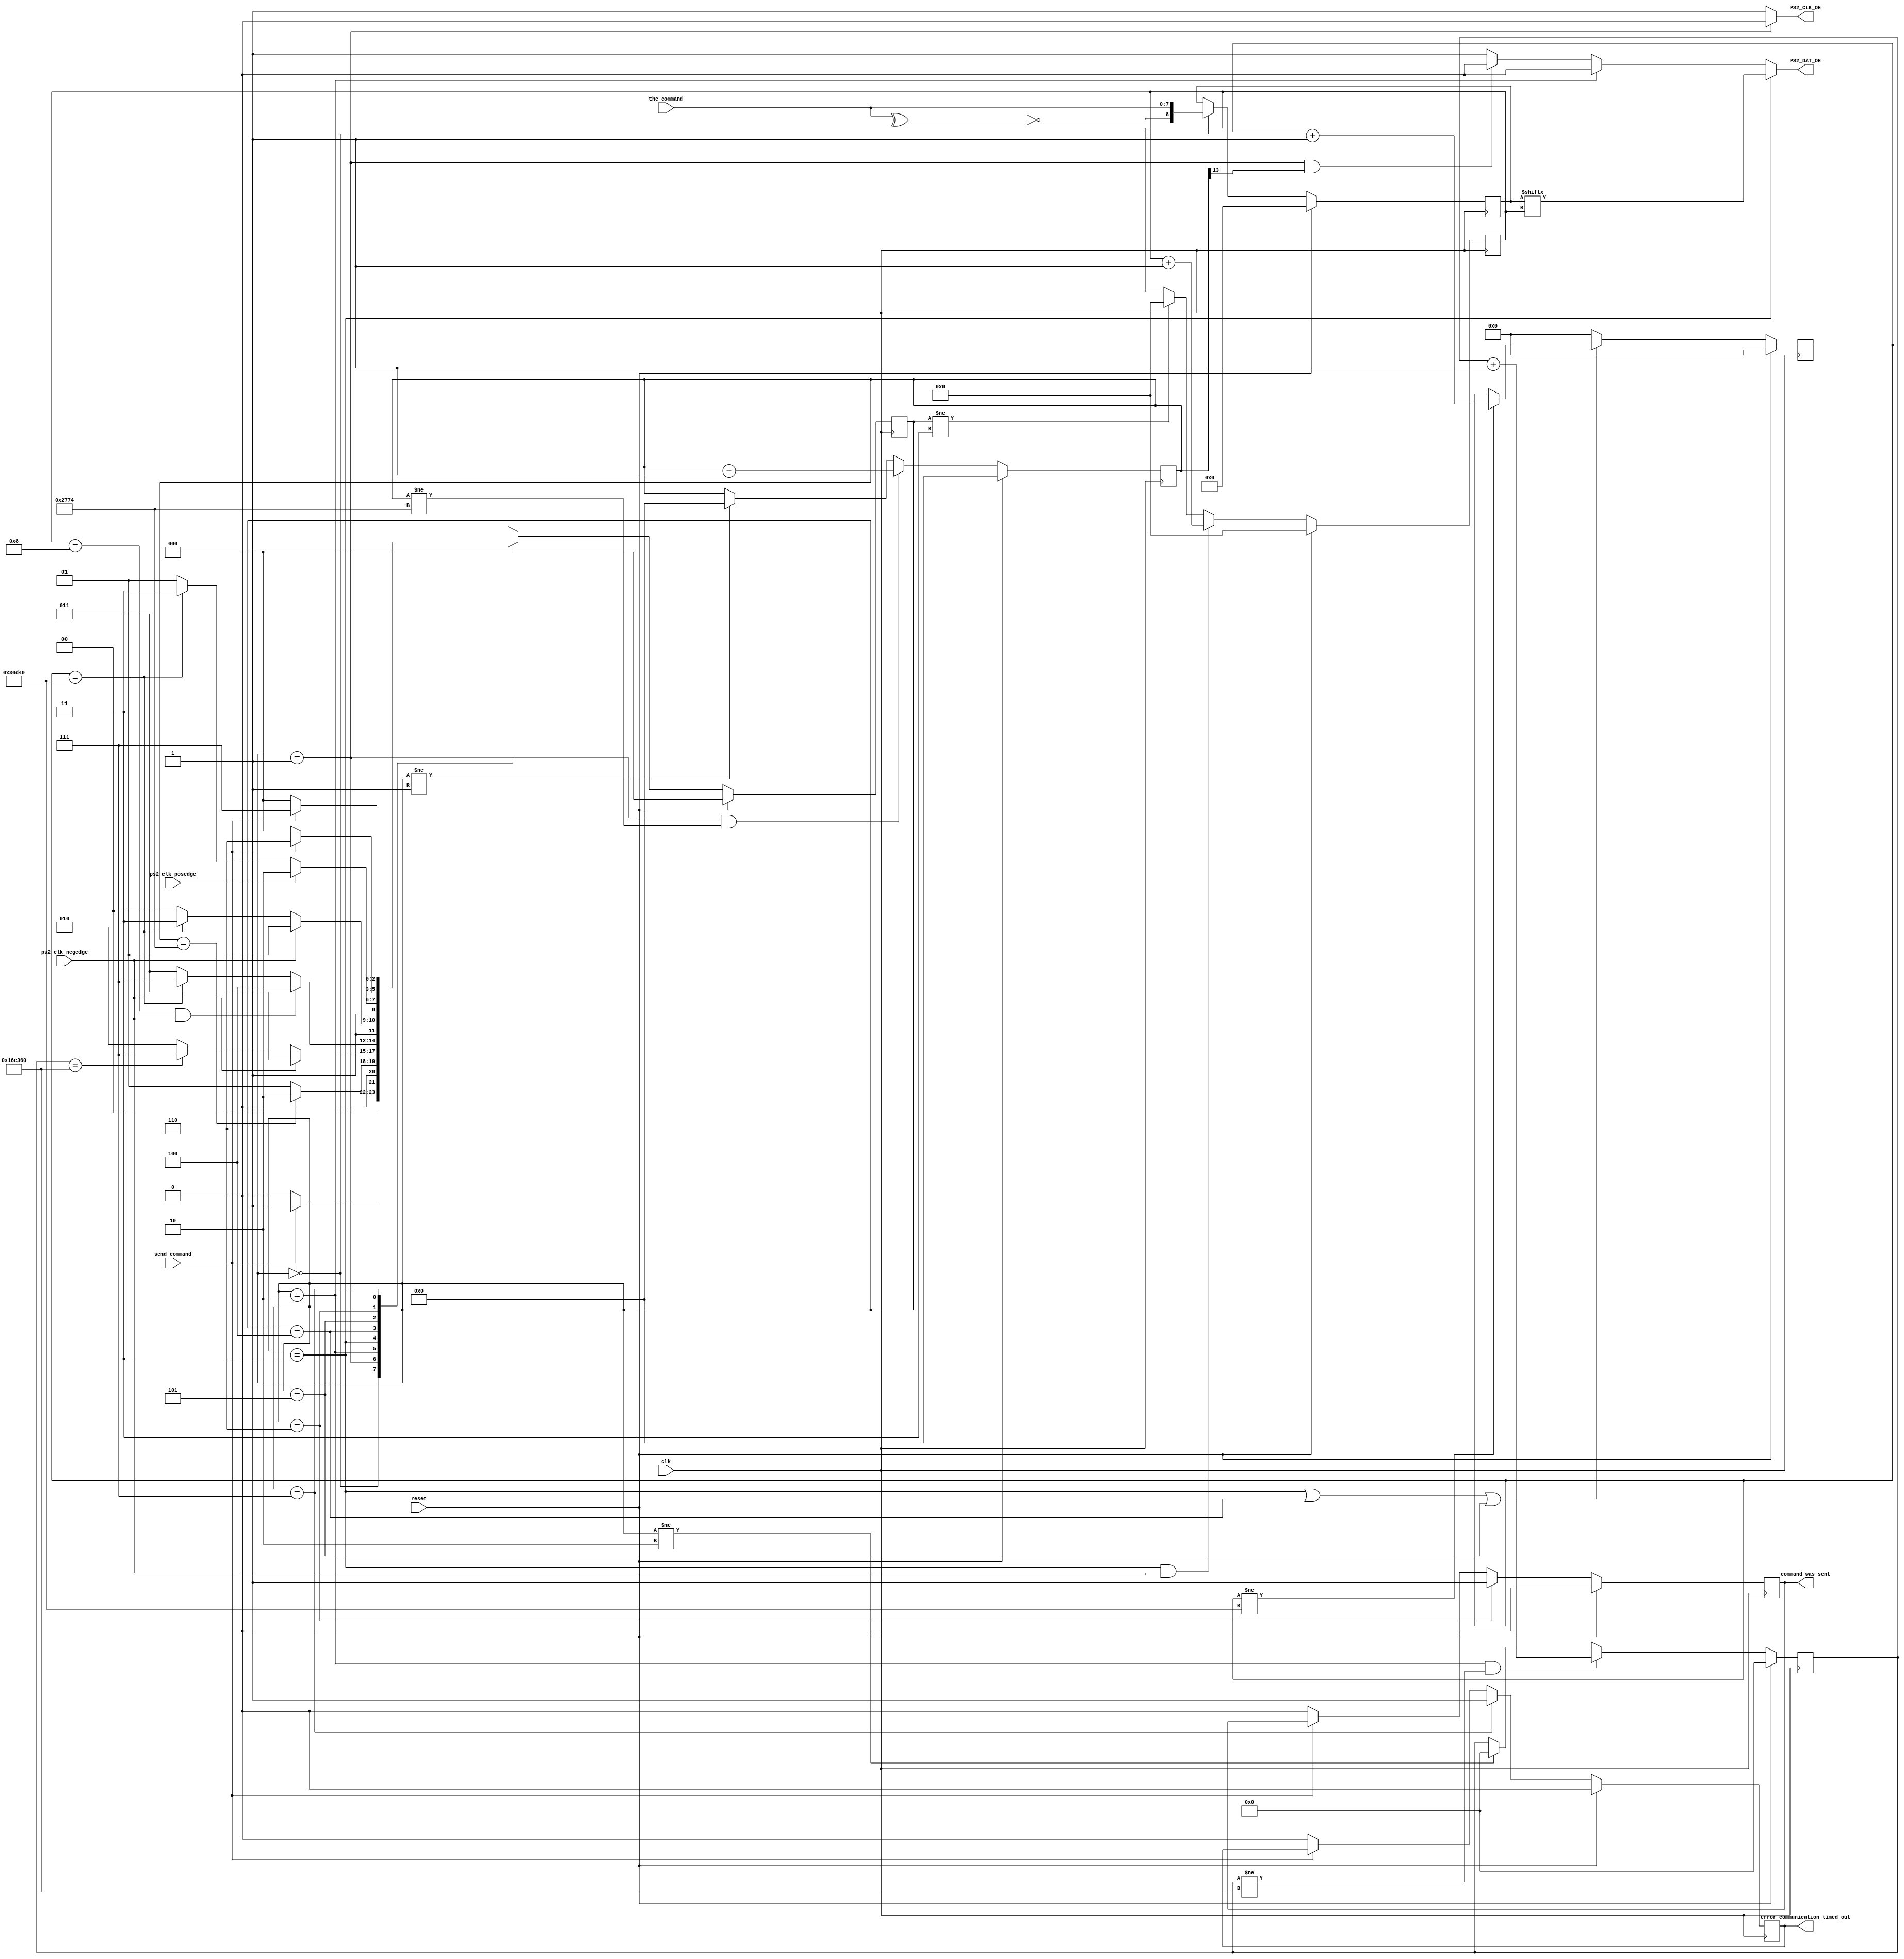

module PS2_Command_Out (
  // Inputs
  clk,
  reset,

  the_command,
  send_command,

  ps2_clk_posedge,
  ps2_clk_negedge,

  // Outputs
  PS2_CLK_OE,
  PS2_DAT_OE,

  command_was_sent,
  error_communication_timed_out
);

/*****************************************************************************
 *                           Parameter Declarations                          *
 *****************************************************************************/

// Timing info for initiating Host-to-Device communication 
//   when using a 100MHz system clock
parameter  CLOCK_CYCLES_FOR_101US    = 10100;
parameter  NUMBER_OF_BITS_FOR_101US  = 14;
parameter  COUNTER_INCREMENT_FOR_101US  = 14'h0001;

//parameter  CLOCK_CYCLES_FOR_101US    = 50;
//parameter  NUMBER_OF_BITS_FOR_101US  = 6;
//parameter  COUNTER_INCREMENT_FOR_101US  = 6'h01;

// Timing info for start of transmission error 
//   when using a 100MHz system clock
parameter  CLOCK_CYCLES_FOR_15MS    = 1500000;
parameter  NUMBER_OF_BITS_FOR_15MS    = 21;
parameter  COUNTER_INCREMENT_FOR_15MS  = 21'h00001;

// Timing info for sending data error 
//   when using a 100MHz system clock
parameter  CLOCK_CYCLES_FOR_2MS    = 200000;
parameter  NUMBER_OF_BITS_FOR_2MS    = 18;
parameter  COUNTER_INCREMENT_FOR_2MS  = 18'h00001;

/*****************************************************************************
 *                             Port Declarations                             *
 *****************************************************************************/
// Inputs
input        clk;
input        reset;

input    [7:0]  the_command;
input        send_command;

input        ps2_clk_posedge;
input        ps2_clk_negedge;

output      PS2_CLK_OE;
output      PS2_DAT_OE;

// Outputs
output  reg      command_was_sent;
output  reg       error_communication_timed_out;

/*****************************************************************************
 *                           Constant Declarations                           *
 *****************************************************************************/
// states
parameter  PS2_STATE_0_IDLE          = 3'h0,
      PS2_STATE_1_INITIATE_COMMUNICATION  = 3'h1,
      PS2_STATE_2_WAIT_FOR_CLOCK      = 3'h2,
      PS2_STATE_3_TRANSMIT_DATA      = 3'h3,
      PS2_STATE_4_TRANSMIT_STOP_BIT    = 3'h4,
      PS2_STATE_5_RECEIVE_ACK_BIT      = 3'h5,
      PS2_STATE_6_COMMAND_WAS_SENT    = 3'h6,
      PS2_STATE_7_TRANSMISSION_ERROR    = 3'h7;

/*****************************************************************************
 *                 Internal wires and registers Declarations                 *
 *****************************************************************************/
// Internal Wires

// Internal Registers
reg      [3:0]  cur_bit;
reg      [8:0]  ps2_command;

reg      [NUMBER_OF_BITS_FOR_101US:1]  command_initiate_counter;

reg      [NUMBER_OF_BITS_FOR_15MS:1]    waiting_counter;
reg      [NUMBER_OF_BITS_FOR_2MS:1]    transfer_counter;

// State Machine Registers
reg      [2:0]  ns_ps2_transmitter;
reg      [2:0]  s_ps2_transmitter;

/*****************************************************************************
 *                         Finite State Machine(s)                           *
 *****************************************************************************/

always @(posedge clk)
begin
  if (reset == 1'b1)
    s_ps2_transmitter <= PS2_STATE_0_IDLE;
  else
    s_ps2_transmitter <= ns_ps2_transmitter;
end

always @(*)
begin
  // Defaults
  ns_ps2_transmitter = PS2_STATE_0_IDLE;

    case (s_ps2_transmitter)
  PS2_STATE_0_IDLE:
    begin
      if (send_command == 1'b1)
        ns_ps2_transmitter = PS2_STATE_1_INITIATE_COMMUNICATION;
      else
        ns_ps2_transmitter = PS2_STATE_0_IDLE;
    end
  PS2_STATE_1_INITIATE_COMMUNICATION:
    begin
      if (command_initiate_counter == CLOCK_CYCLES_FOR_101US)
        ns_ps2_transmitter = PS2_STATE_2_WAIT_FOR_CLOCK;
      else
        ns_ps2_transmitter = PS2_STATE_1_INITIATE_COMMUNICATION;
    end
  PS2_STATE_2_WAIT_FOR_CLOCK:
    begin
      if (ps2_clk_negedge == 1'b1)
        ns_ps2_transmitter = PS2_STATE_3_TRANSMIT_DATA;
      else if (waiting_counter == CLOCK_CYCLES_FOR_15MS)
        ns_ps2_transmitter = PS2_STATE_7_TRANSMISSION_ERROR;
      else
        ns_ps2_transmitter = PS2_STATE_2_WAIT_FOR_CLOCK;
    end
  PS2_STATE_3_TRANSMIT_DATA:
    begin
      if ((cur_bit == 4'd8) && (ps2_clk_negedge == 1'b1))
        ns_ps2_transmitter = PS2_STATE_4_TRANSMIT_STOP_BIT;
      else if (transfer_counter == CLOCK_CYCLES_FOR_2MS)
        ns_ps2_transmitter = PS2_STATE_7_TRANSMISSION_ERROR;
      else
        ns_ps2_transmitter = PS2_STATE_3_TRANSMIT_DATA;
    end
  PS2_STATE_4_TRANSMIT_STOP_BIT:
    begin
      if (ps2_clk_negedge == 1'b1)
        ns_ps2_transmitter = PS2_STATE_5_RECEIVE_ACK_BIT;
      else if (transfer_counter == CLOCK_CYCLES_FOR_2MS)
        ns_ps2_transmitter = PS2_STATE_7_TRANSMISSION_ERROR;
      else
        ns_ps2_transmitter = PS2_STATE_4_TRANSMIT_STOP_BIT;
    end
  PS2_STATE_5_RECEIVE_ACK_BIT:
    begin
      if (ps2_clk_posedge == 1'b1)
        ns_ps2_transmitter = PS2_STATE_6_COMMAND_WAS_SENT;
      else if (transfer_counter == CLOCK_CYCLES_FOR_2MS)
        ns_ps2_transmitter = PS2_STATE_7_TRANSMISSION_ERROR;
      else
        ns_ps2_transmitter = PS2_STATE_5_RECEIVE_ACK_BIT;
    end
  PS2_STATE_6_COMMAND_WAS_SENT:
    begin
      if (send_command == 1'b0)
        ns_ps2_transmitter = PS2_STATE_0_IDLE;
      else
        ns_ps2_transmitter = PS2_STATE_6_COMMAND_WAS_SENT;
    end
  PS2_STATE_7_TRANSMISSION_ERROR:
    begin
      if (send_command == 1'b0)
        ns_ps2_transmitter = PS2_STATE_0_IDLE;
      else
        ns_ps2_transmitter = PS2_STATE_7_TRANSMISSION_ERROR;
    end
  default:
    begin
      ns_ps2_transmitter = PS2_STATE_0_IDLE;
    end
  endcase
end

/*****************************************************************************
 *                             Sequential logic                              *
 *****************************************************************************/

always @(posedge clk)
begin
  if (reset == 1'b1)
    ps2_command <= 9'h000;
  else if (s_ps2_transmitter == PS2_STATE_0_IDLE)
    ps2_command <= {(^the_command) ^ 1'b1, the_command};
end

always @(posedge clk)
begin
  if (reset == 1'b1)
    command_initiate_counter <= {NUMBER_OF_BITS_FOR_101US{1'b0}};
  else if ((s_ps2_transmitter == PS2_STATE_1_INITIATE_COMMUNICATION) &&
      (command_initiate_counter != CLOCK_CYCLES_FOR_101US))
    command_initiate_counter <= 
      command_initiate_counter + COUNTER_INCREMENT_FOR_101US;
  else if (s_ps2_transmitter != PS2_STATE_1_INITIATE_COMMUNICATION)
    command_initiate_counter <= {NUMBER_OF_BITS_FOR_101US{1'b0}};
end

always @(posedge clk)
begin
  if (reset == 1'b1)
    waiting_counter <= {NUMBER_OF_BITS_FOR_15MS{1'b0}};
  else if ((s_ps2_transmitter == PS2_STATE_2_WAIT_FOR_CLOCK) &&
      (waiting_counter != CLOCK_CYCLES_FOR_15MS))
    waiting_counter <= waiting_counter + COUNTER_INCREMENT_FOR_15MS;
  else if (s_ps2_transmitter != PS2_STATE_2_WAIT_FOR_CLOCK)
    waiting_counter <= {NUMBER_OF_BITS_FOR_15MS{1'b0}};
end

always @(posedge clk)
begin
  if (reset == 1'b1)
    transfer_counter <= {NUMBER_OF_BITS_FOR_2MS{1'b0}};
  else
  begin
    if ((s_ps2_transmitter == PS2_STATE_3_TRANSMIT_DATA) ||
      (s_ps2_transmitter == PS2_STATE_4_TRANSMIT_STOP_BIT) ||
      (s_ps2_transmitter == PS2_STATE_5_RECEIVE_ACK_BIT))
    begin
      if (transfer_counter != CLOCK_CYCLES_FOR_2MS)
        transfer_counter <= transfer_counter + COUNTER_INCREMENT_FOR_2MS;
    end
    else
      transfer_counter <= {NUMBER_OF_BITS_FOR_2MS{1'b0}};
  end
end

always @(posedge clk)
begin
  if (reset == 1'b1)
    cur_bit <= 4'h0;
  else if ((s_ps2_transmitter == PS2_STATE_3_TRANSMIT_DATA) &&
      (ps2_clk_negedge == 1'b1))
    cur_bit <= cur_bit + 4'h1;
  else if (s_ps2_transmitter != PS2_STATE_3_TRANSMIT_DATA)
    cur_bit <= 4'h0;
end

always @(posedge clk)
begin
  if (reset == 1'b1)
    command_was_sent <= 1'b0;
  else if (s_ps2_transmitter == PS2_STATE_6_COMMAND_WAS_SENT)
    command_was_sent <= 1'b1;
  else if (send_command == 1'b0)
      command_was_sent <= 1'b0;
end

always @(posedge clk)
begin
  if (reset == 1'b1)
    error_communication_timed_out <= 1'b0;
  else if (s_ps2_transmitter == PS2_STATE_7_TRANSMISSION_ERROR)
    error_communication_timed_out <= 1'b1;
  else if (send_command == 1'b0)
    error_communication_timed_out <= 1'b0;
end

/*****************************************************************************
 *                            Combinational logic                            *
 *****************************************************************************/

assign PS2_CLK_OE  = 
  (s_ps2_transmitter == PS2_STATE_1_INITIATE_COMMUNICATION) ? 
    1'b0 :
    1'b1;

assign PS2_DAT_OE  = 
  (s_ps2_transmitter == PS2_STATE_3_TRANSMIT_DATA) ? ps2_command[cur_bit] :
  (s_ps2_transmitter == PS2_STATE_2_WAIT_FOR_CLOCK) ? 1'b0 :
  ((s_ps2_transmitter == PS2_STATE_1_INITIATE_COMMUNICATION) && 
    (command_initiate_counter[NUMBER_OF_BITS_FOR_101US] == 1'b1)) ? 1'b0 : 
      1'b1;

/*****************************************************************************
 *                              Internal Modules                             *
 *****************************************************************************/


endmodule